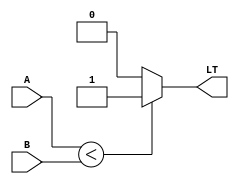
module LessThan_Comparator(
    input [31:0] A,
    input [31:0] B,
    output reg LT
);

    always @(*) begin
        if (A < B) // Compare A and B
            LT = 1; // A is less than B
        else
            LT = 0; // A is not less than B
    end

endmodule